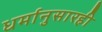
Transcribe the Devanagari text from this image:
धर्मानुसारही